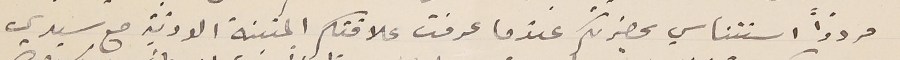
مردّداً استئناسي بحضرتكم عندما عرفت علاقتكم المتينة الودّية مع سيدي